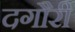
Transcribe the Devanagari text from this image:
दगौरी